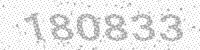
Solution: 180833